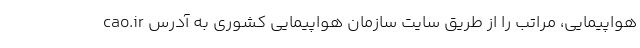
هواپیمایی، مراتب را از طریق سایت سازمان هواپیمایی کشوری به آدرس cao.ir